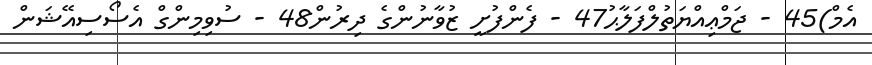
އެމް)45 - ޖަމްޢިއްޔަތުލްފަލާޙު47 - ފެންފުށީ ޒުވާނުންގެ ދިރުން48 - ސުވިމިންގް އެސޯސިއޭޝަން